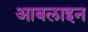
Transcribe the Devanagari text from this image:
आबलाइन